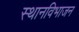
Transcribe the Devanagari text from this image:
स्थानविभाजन